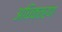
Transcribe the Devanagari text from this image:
अधिकतरण